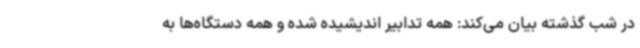
در شب گذشته بیان می‌کند: همه تدابیر اندیشیده شده و همه دستگاه‌ها به